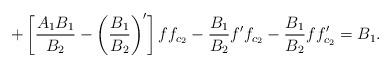
LaTeX: \begin{align*}+\left[ \frac{A_{1}B_{1}}{B_{2}}-\left( \frac{B_{1}}{B_{2}}\right) ^{\prime }\right] ff_{c_{2}}-\frac{B_{1}}{B_{2}}f^{\prime }f_{c_{2}}-\frac{B_{1}}{B_{2}}ff_{c_{2}}^{\prime }=B_{1}. \end{align*}